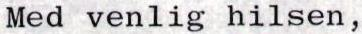
Med venlig hilsen,